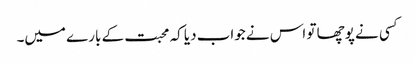
کسی نے پوچھا تو اس نے جواب دیا کہ محبت کے بارے میں۔